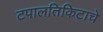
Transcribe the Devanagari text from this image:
टपालतिकिटाचे